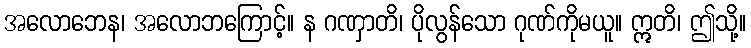
အလောဘေန၊ အလောဘကြောင့်။ န ဂဏှာတိ၊ ပိုလွန်သော ဂုဏ်ကိုမယူ။ ဣတိ၊ ဤသို့။